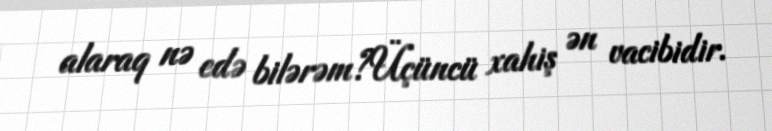
alaraq nə edə bilərəm?Üçüncü xahiş ən vacibidir.